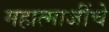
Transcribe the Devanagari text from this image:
महात्माजींचे